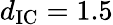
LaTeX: d_{\mathrm{IC}}=1.5